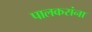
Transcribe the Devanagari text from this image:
पालकरांना